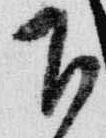
下